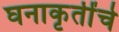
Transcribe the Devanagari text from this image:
घनाकृतींचे